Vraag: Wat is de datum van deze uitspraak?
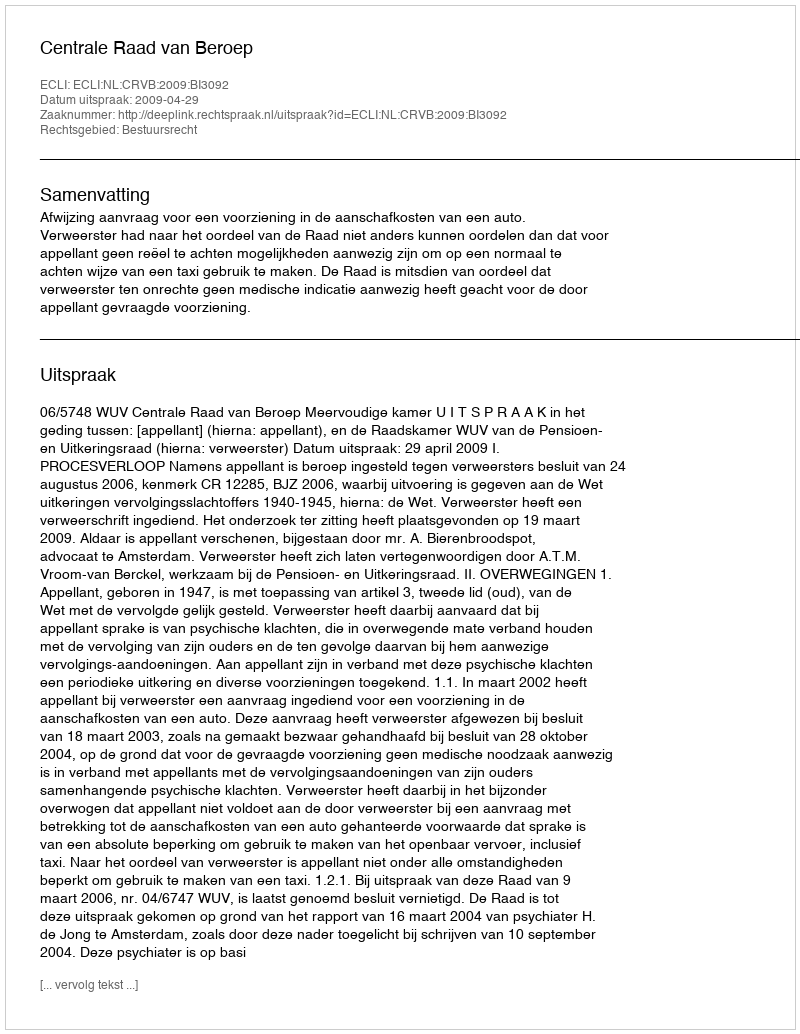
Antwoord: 2009-04-29